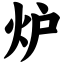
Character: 炉